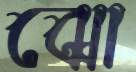
ঝো